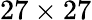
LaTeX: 27\times 27